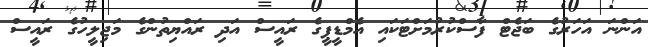
އަންނަ އަހަރުގެ ބަޖެޓް ފާސްކުރުމަށްޓަކައި އެމްޑީޕީގެ ރައީސް އަދި ރައްޔިތުންގެ މަޖިލީހުގެ ރައީސް